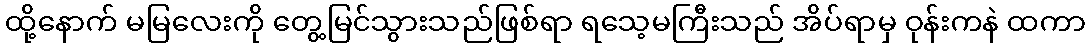
ထို့နောက် မမြလေးကို တွေ့မြင်သွားသည်ဖြစ်ရာ ရသေ့မကြီးသည် အိပ်ရာမှ ဝုန်းကနဲ ထကာ